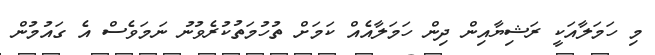
މި ހަމަލާއަކީ ރަޝިޔާއިން ދިން ހަމަލާއެއް ކަމަށް ތުހުމަތުކުރެވުނު ނަމަވެސް އެ ގައުމުން